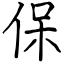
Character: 保